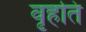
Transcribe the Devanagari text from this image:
वृहति